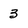
Character: 3